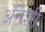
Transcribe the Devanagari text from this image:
अॅनशी